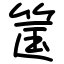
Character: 筺